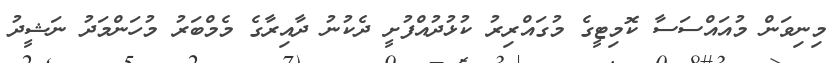
މިނިވަން މުއައްސަސާ ކޮމިޓީގެ މުގައްރިރު ކުޅުދުއްފުށީ ދެކުނު ދާއިރާގެ މެމްބަރު މުހަންމަދު ނަޝީދު